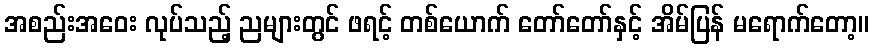
အစည်းအဝေး လုပ်သည့် ညများတွင် ဖရင့် တစ်ယောက် တော်တော်နှင့် အိမ်ပြန် မရောက်တော့။